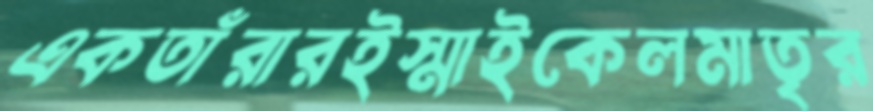
একতাঁরারইস্মাইকেলমাতৃর